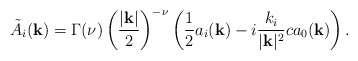
\begin{align*}\tilde{A}_i({\bf k}) = \Gamma(\nu)\left({ |{\bf k}| \over 2}\right)^{-\nu} \left( {1\over2}a_i({\bf k}) - i{k_i\over|{\bf k}|^2}ca_0({\bf k}) \right).\end{align*}